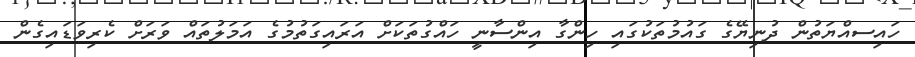
ހައިސއްޔަތުން ދުނިޔޭގެ ގައުމުތަކުގައި ހިންގާ އިންސާނީ ހައްގުތަކަށް އަރައިގަތުމުގެ އަމަލުތައް ވަރަށް ކެރިވަޑައިގެން